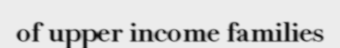
of upper income families